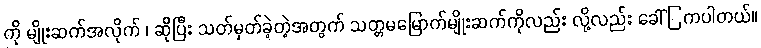
ကို မျိုးဆက်အလိုက် ၊ ဆိုပြီး သတ်မှတ်ခဲ့တဲ့အတွက် သတ္တမမြောက်မျိုးဆက်ကိုလည်း လို့လည်း ခေါ်ြကပါတယ်။